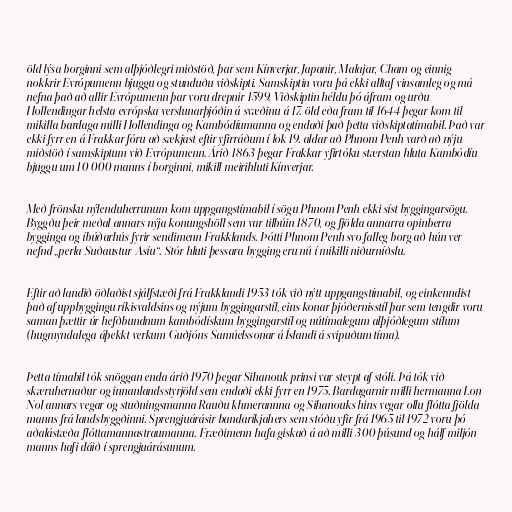
öld lýsa borginni sem alþjóðlegri miðstöð, þar sem Kínverjar, Japanir, Malajar, Cham og einnig
nokkrir Evrópumenn bjuggu og stunduðu viðskipti. Samskiptin voru þá ekki alltaf vinsamleg og má
nefna það að allir Evrópumenn þar voru drepnir 1599. Viðskiptin héldu þó áfram og urðu
Hollendingar helsta evrópska verslunarþjóðin á svæðinu á 17. öld eða fram til 1644 þegar kom til
mikilla bardaga milli Hollendinga og Kambódíumanna og endaði það þetta viðskiptatímabil. Það var
ekki fyrr en á Frakkar fóru að sækjast eftir yfirráðum í lok 19. aldar að Phnom Penh varð að nýju
miðstöð í samskiptum við Evrópumenn. Árið 1863 þegar Frakkar yfirtóku stærstan hluta Kambódíu
bjuggu um 10 000 manns í borginni, mikill meirihluti Kínverjar.

Með frönsku nýlenduherrunum kom uppgangstímabil í sögu Phnom Penh ekki síst byggingarsögu.
Byggðu þeir meðal annars nýja konungshöll sem var tilbúin 1870, og fjölda annarra opinberra
bygginga og íbúðarhús fyrir sendimenn Frakklands. Þótti Phnom Penh svo falleg borg að hún ver
nefnd „perla Suðaustur-Asíu“. Stór hluti þessara bygging eru nú í mikilli niðurníðslu.

Eftir að landið öðlaðist sjálfstæði frá Frakklandi 1953 tók við nýtt uppgangstímabil, og einkenndist
það af uppbyggingu ríkisvaldsins og nýjum byggingarstíl, eins konar þjóðernisstíl þar sem tengdir voru
saman þættir úr hefðbundnum kambódískum byggingarstíl og nútímalegum alþjóðlegum stílum
(hugmyndalega áþekkt verkum Guðjóns Samúelssonar á Íslandi á svipuðum tíma).

Þetta tímabil tók snöggan enda árið 1970 þegar Sihanouk prinsi var steypt af stóli. Þá tók við
skæruhernaður og innanlandsstyrjöld sem endaði ekki fyrr en 1975. Bardagarnir milli hermanna Lon
Nol annars vegar og stuðningsmanna Rauðu khmerannna og Sihanouks hins vegar ollu flótta fjölda
manns frá landsbyggðinni. Sprengjuárásir bandaríkjahers sem stóðu yfir frá 1965 til 1972 voru þó
aðalástæða flóttamannastraumanna. Fræðimenn hafa giskað á að milli 300 þúsund og hálf miljón
manns hafi dáið í sprengjuárásunum.